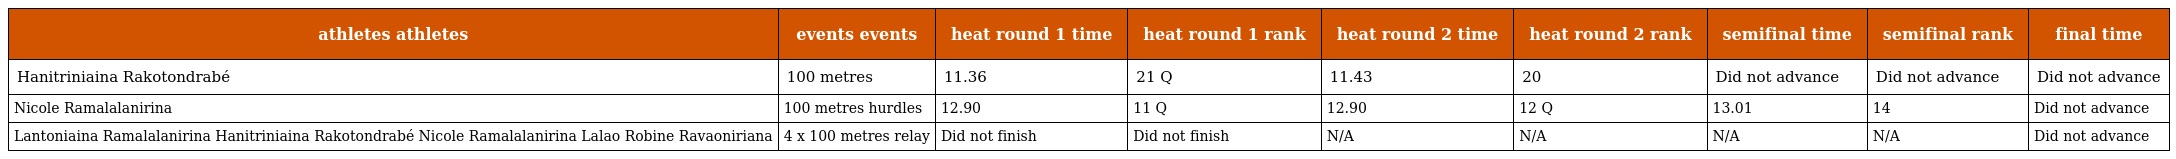
| athletes athletes | events events | heat round 1 time | heat round 1 rank | heat round 2 time | heat round 2 rank | semifinal time | semifinal rank | final time |
 | --- | --- | --- | --- | --- | --- | --- | --- | --- |
 | Hanitriniaina Rakotondrabé | 100 metres | 11.36 | 21 Q | 11.43 | 20 | Did not advance | Did not advance | Did not advance |
 | Nicole Ramalalanirina | 100 metres hurdles | 12.90 | 11 Q | 12.90 | 12 Q | 13.01 | 14 | Did not advance |
 | Lantoniaina Ramalalanirina Hanitriniaina Rakotondrabé Nicole Ramalalanirina Lalao Robine Ravaoniriana | 4 x 100 metres relay | Did not finish | Did not finish | N/A | N/A | N/A | N/A | Did not advance |